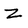
Character: Z